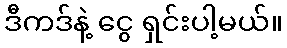
ဒီကဒ်နဲ့ ငွေ ရှင်းပါ့မယ်။